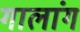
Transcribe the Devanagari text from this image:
गालांग